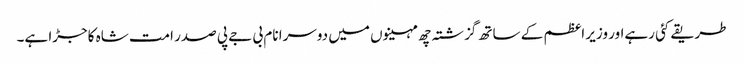
طریقے کئی رہےاور وزیر اعظم کے ساتھ گزشتہ چھ مہینوں میں دوسرا نام بی جے پی صدر امت شاہ کاجڑا ہے۔